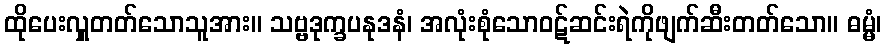
ထိုပေးလှူတတ်သောသူအား။ သဗ္ဗဒုက္ခပနုဒနံ၊ အလုံးစုံသောဝဋ်ဆင်းရဲကိုဖျက်ဆီးတတ်သော။ ဓမ္မံ၊